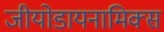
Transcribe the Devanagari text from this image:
जीयोडायनामिक्स